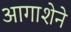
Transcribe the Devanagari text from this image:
आगाशेने